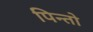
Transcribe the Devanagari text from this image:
पिन्तो